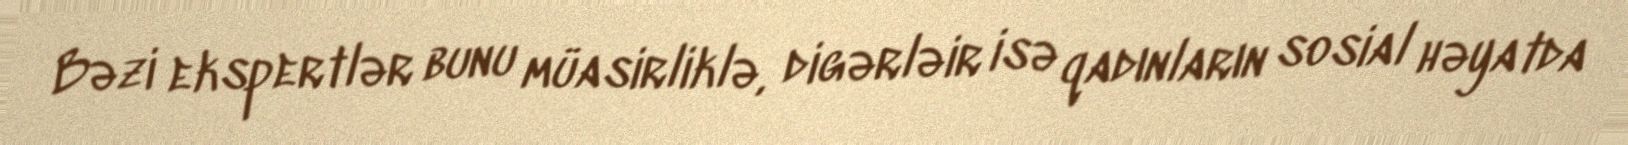
Bəzi ekspertlər bunu müasirliklə, digərləir isə qadınların sosial həyatda